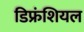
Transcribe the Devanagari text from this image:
डिफ्रंशियल